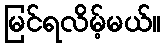
မြင်ရလိမ့်မယ်။